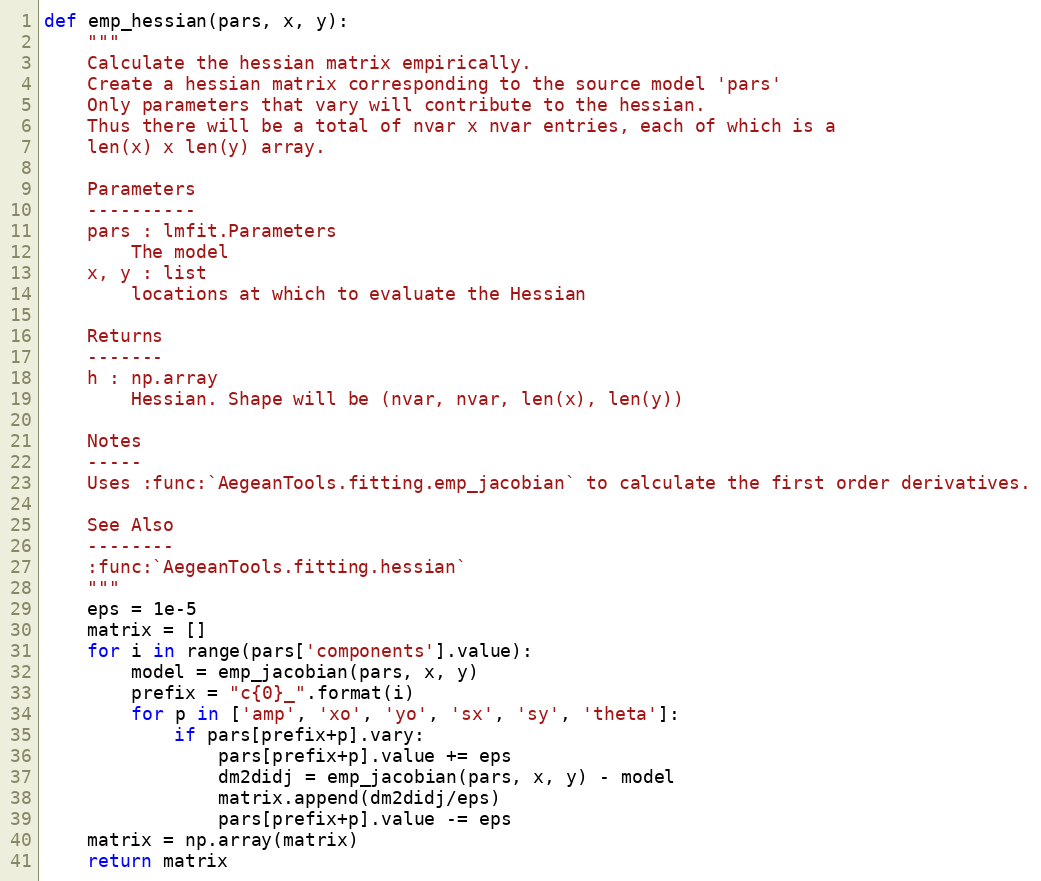
Language: Python
def emp_hessian(pars, x, y):
    """
    Calculate the hessian matrix empirically.
    Create a hessian matrix corresponding to the source model 'pars'
    Only parameters that vary will contribute to the hessian.
    Thus there will be a total of nvar x nvar entries, each of which is a
    len(x) x len(y) array.

    Parameters
    ----------
    pars : lmfit.Parameters
        The model
    x, y : list
        locations at which to evaluate the Hessian

    Returns
    -------
    h : np.array
        Hessian. Shape will be (nvar, nvar, len(x), len(y))

    Notes
    -----
    Uses :func:`AegeanTools.fitting.emp_jacobian` to calculate the first order derivatives.

    See Also
    --------
    :func:`AegeanTools.fitting.hessian`
    """
    eps = 1e-5
    matrix = []
    for i in range(pars['components'].value):
        model = emp_jacobian(pars, x, y)
        prefix = "c{0}_".format(i)
        for p in ['amp', 'xo', 'yo', 'sx', 'sy', 'theta']:
            if pars[prefix+p].vary:
                pars[prefix+p].value += eps
                dm2didj = emp_jacobian(pars, x, y) - model
                matrix.append(dm2didj/eps)
                pars[prefix+p].value -= eps
    matrix = np.array(matrix)
    return matrix